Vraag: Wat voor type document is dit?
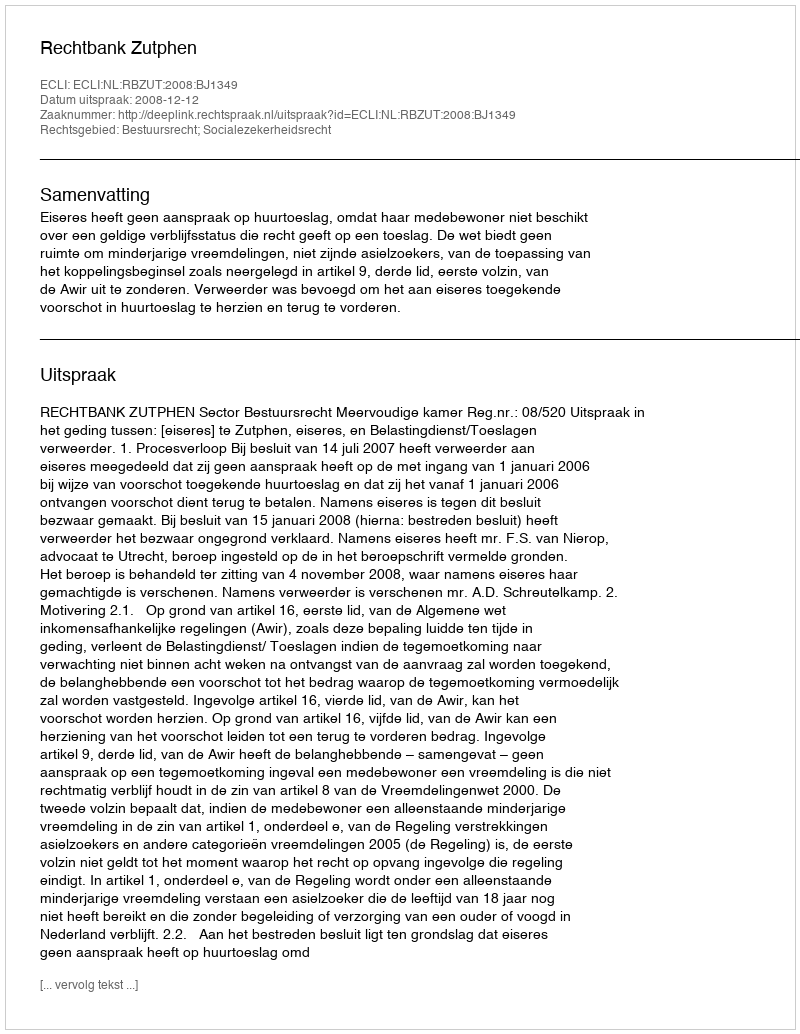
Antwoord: Uitspraak